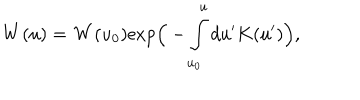
LaTeX: { \bf W } ( u ) = { \bf W } ( u _ { 0 } ) \mathrm { e x p } \Big ( - \int _ { u _ { 0 } } ^ { u } d u ^ { \prime } K ( u ^ { \prime } ) \Big ) ,